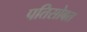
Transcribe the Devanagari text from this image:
पतिसोबत